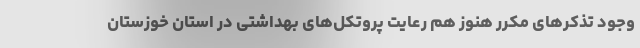
وجود تذکرهای مکرر هنوز هم رعایت پروتکل‌های بهداشتی در استان خوزستان